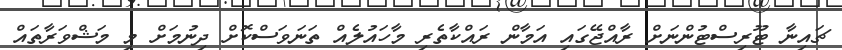
ޗައިނާ ޓޫރިސްޓުންނަށް ރާއްޖޭގައި އަމާން ރައްކާތެރި މާހައުލެއް ތަނަވަސްކޮށް ދިނުމަށް މި މަޝްވަރާތައް